Report on the working of the Ranchi Indian Mental Hospital, Kanke, in Bihar and Orissa - 1930-1940
Year: 1930
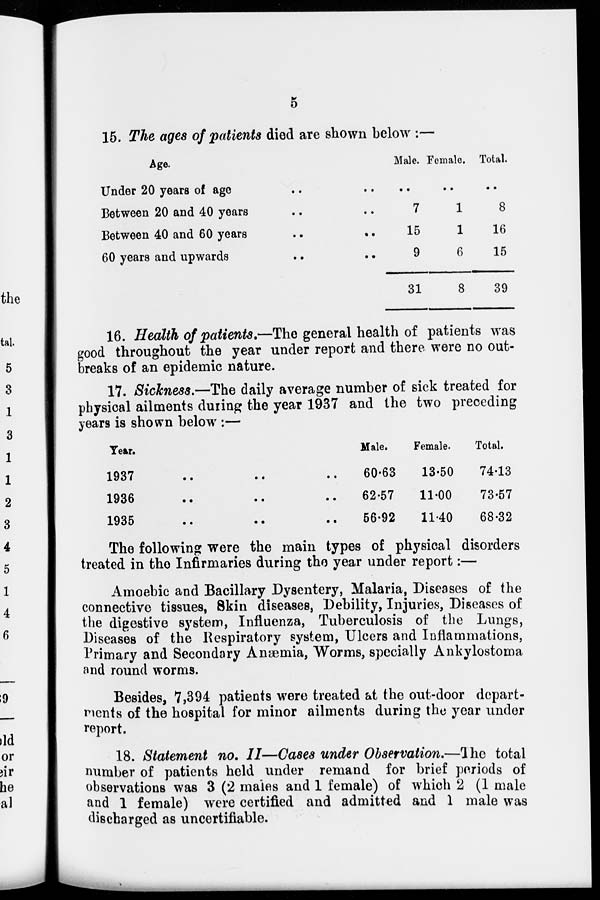
5
15. The ages of patients died are shown below :—
Age.
Under 20 years of age .. ..
Between 20 and 40 years .. ..
Between 40 and 60 years
..
..
60 years and upwards .. ..
Male.
..
7
15
9
31
Female.
..
1
1
6
8
Total.
..
8
16
15
39
16. Health of patients.—The general health of patients was
good throughout the year under report and there were no out-
breaks of an epidemic nature.
17. Sickness.—The daily average number of sick treated for
physical ailments during the year 1937 and the two preceding
years is shown below :—
Year.
1937
..
..
..
1936
..
..
..
1937
..
..
..
Male.
60.63
62.57
56.92
Female.
13.50
11.00
11.40
Total.
74.13
73.57
68.32
The following were the main types of physical disorders
treated in the Infirmaries during the year under report:—
Amoebic and Bacillary Dysentery, Malaria, Diseases of the
connective tissues, Skin diseases, Debility, Injuries, Diseases of
the digestive system, Influenza, Tuberculosis of the Lungs,
Diseases of the Respiratory system, Ulcers and Inflammations,
Primary and Secondary Anæmia, Worms, specially Ankylostoma
and round worms.
Besides, 7,394 patients were treated at the out-door depart-
ments of the hospital for minor ailments during the year under
report.
18. Statement no. II—Cases under Observation.—The total
number of patients held under remand for brief periods of
observations was 3 (2 males and 1 female) of which 2 (1 male
and 1 female) were certified and admitted and 1 male was
discharged as uncertifiable.